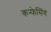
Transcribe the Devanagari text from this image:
कन्फेसिंग